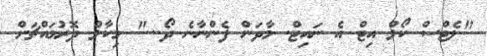
"ލެޓްސް ކޯލް އިޓް އެ ނައިޓް. މާދަން ފެންނާނެ ދޯ..." މިކާލް ދޮރުމައްޗަށް